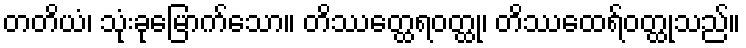
တတိယံ၊ သုံးခုမြောက်သော။ တိဿတ္ထေရဝတ္ထု၊ တိဿထေရ်ဝတ္ထုသည်။